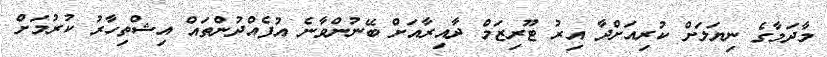
މާދަމާގެ ނިޔަލަށް ކުރިއަށްދާ އިރު ޓޫރިޒަމް ދާއިރާއަށް ބޭނުންވާނެ އުފެއްދުންތައް އިޝްތިހާރު ކުރުމަށް